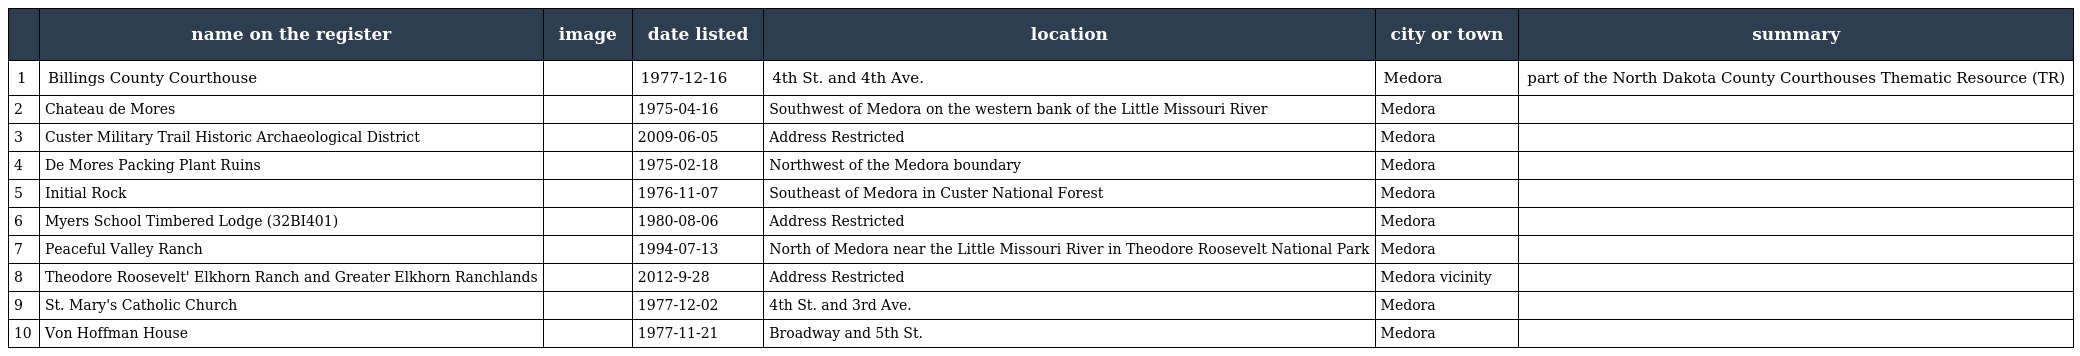
|  | name on the register | image | date listed | location | city or town | summary |
 | --- | --- | --- | --- | --- | --- | --- |
 | 1 | Billings County Courthouse |  | 1977-12-16 | 4th St. and 4th Ave. | Medora | part of the North Dakota County Courthouses Thematic Resource (TR) |
 | 2 | Chateau de Mores |  | 1975-04-16 | Southwest of Medora on the western bank of the Little Missouri River | Medora |  |
 | 3 | Custer Military Trail Historic Archaeological District |  | 2009-06-05 | Address Restricted | Medora |  |
 | 4 | De Mores Packing Plant Ruins |  | 1975-02-18 | Northwest of the Medora boundary | Medora |  |
 | 5 | Initial Rock |  | 1976-11-07 | Southeast of Medora in Custer National Forest | Medora |  |
 | 6 | Myers School Timbered Lodge (32BI401) |  | 1980-08-06 | Address Restricted | Medora |  |
 | 7 | Peaceful Valley Ranch |  | 1994-07-13 | North of Medora near the Little Missouri River in Theodore Roosevelt National Park | Medora |  |
 | 8 | Theodore Roosevelt' Elkhorn Ranch and Greater Elkhorn Ranchlands |  | 2012-9-28 | Address Restricted | Medora vicinity |  |
 | 9 | St. Mary's Catholic Church |  | 1977-12-02 | 4th St. and 3rd Ave. | Medora |  |
 | 10 | Von Hoffman House |  | 1977-11-21 | Broadway and 5th St. | Medora |  |